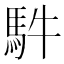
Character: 䭽